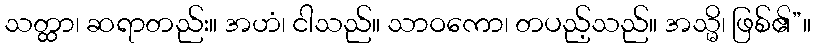
သတ္ထာ၊ ဆရာတည်း။ အဟံ၊ ငါသည်။ သာဝကော၊ တပည့်သည်။ အသ္မိ၊ ဖြစ်၏”။